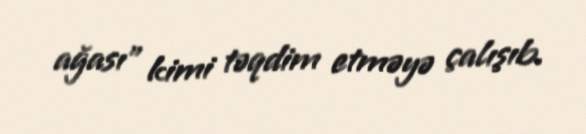
ağası” kimi təqdim etməyə çalışıb.